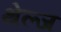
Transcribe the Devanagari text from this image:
थेल्ज